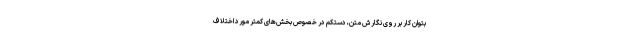
بتوان کار بر روی نگارش متن، دستکم در خصوص بخش‌های کمتر مورد اختلاف